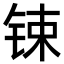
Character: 𨱈